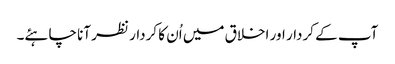
آپ کے کردار اور اخلاق میں اُن کا کردار نظر آنا چاہئے۔